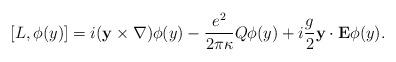
LaTeX: \begin{align*}\lbrack L,\phi (y)]=i({\bf y}\times {\bf \nabla })\phi (y)-\frac{e^2}{2\pi\kappa }Q\phi (y)+i\frac g2{\bf y\cdot E}\phi (y). \end{align*}